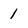
Character: 1